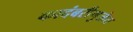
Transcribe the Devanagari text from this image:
कादंबरीमुळेच